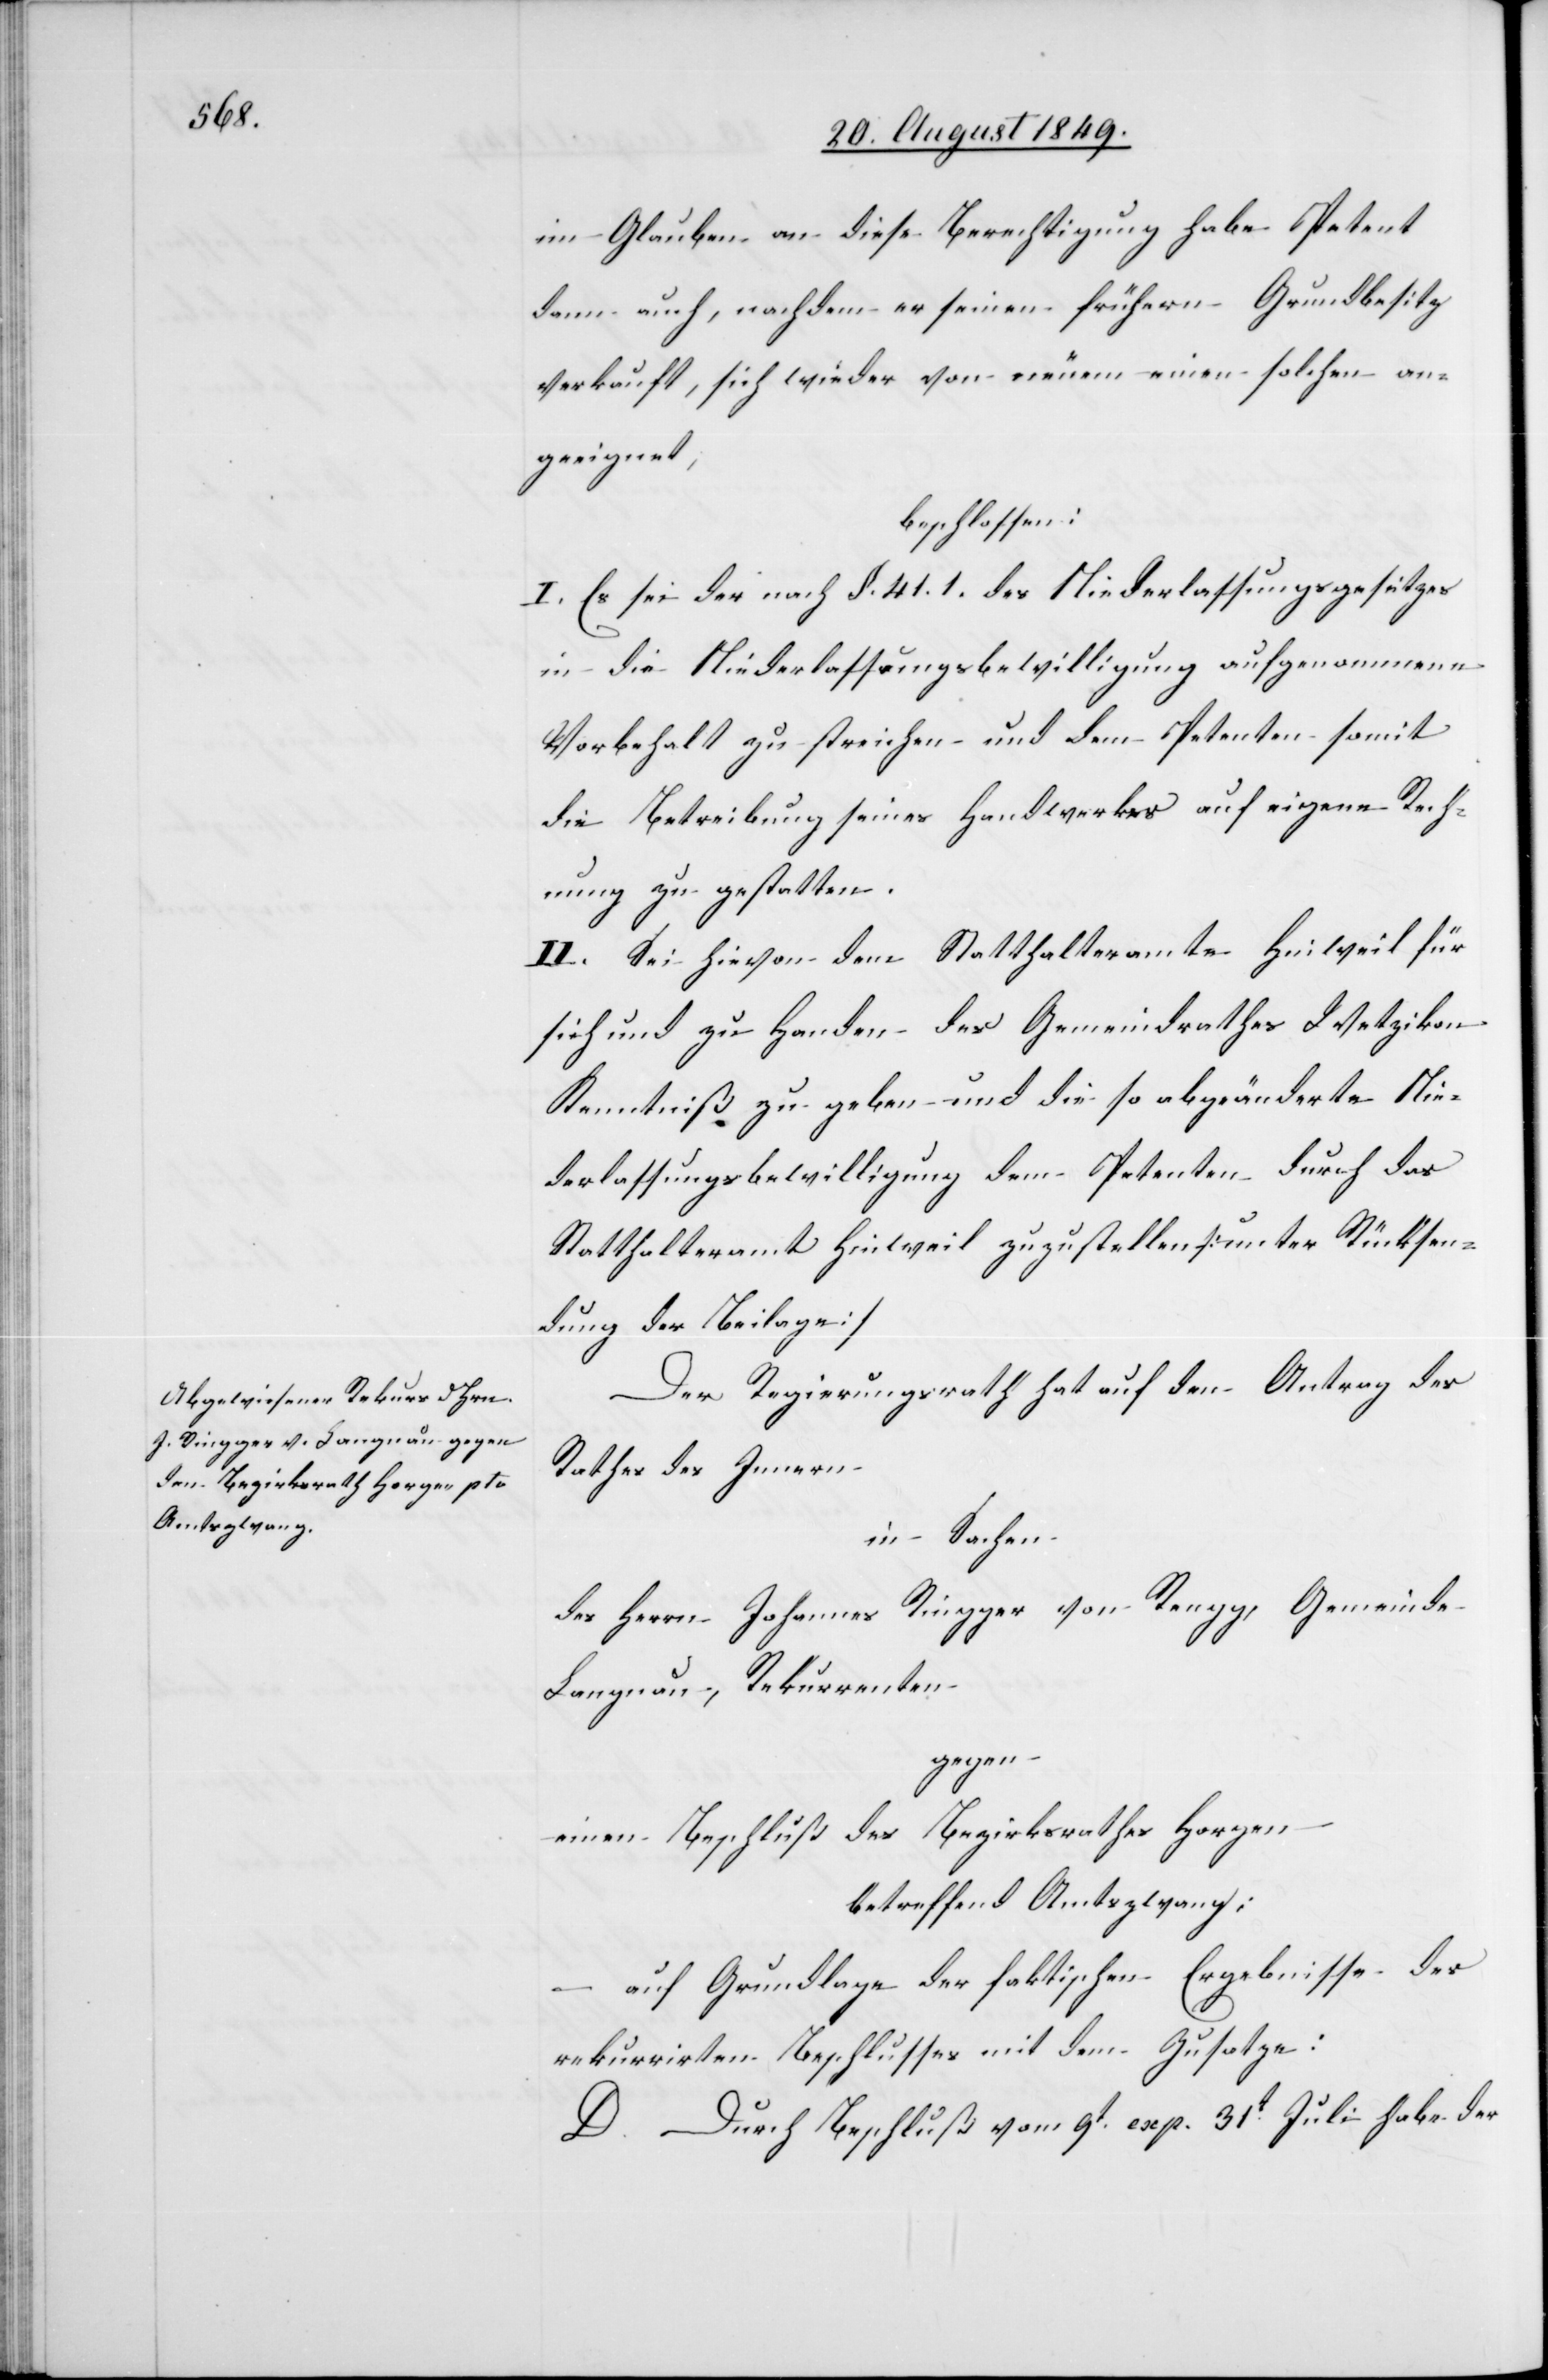
im Glauben an diese Berechtigung habe Petent
dann auch, nachdem er seinen frühern Grundbesitz
verkauft, sich wieder von neuem einen solchen an¬
geeignet;
beschlossen:
I. Es sei der nach §. 41.1 des Niederlassungsgesetzes
in die Niederlassungsbewilligung aufgenommene
Vorbehalt zu streichen und dem Petenten somit
die Betreibung seines Handwerkes auf eigene Rech¬
nung zu gestatten.
II. Sei hievon dem Statthalteramte Hinweil für
sich und zu Handen des Gemeindrathes Wetzikon
Kenntniß zu geben und die so abgeänderte Nie¬
derlassungsbewilligung dem Petenten durch das
Statthalteramt Hinweil zuzustellen [unter Rücksen¬
dung der Beilage][.]
Der Regierungsrath hat auf den Antrag des
Rathes des Innern
in Sachen
des Herrn Johannes Ringger von Rengg, Gemeinde
Langnau, Rekurrenten
gegen
einen Beschluß des Bezirksrathes Horgen
betreffend Amtszwang;
auf Grundlage der faktischen Ergebnisse des
rekurrirten Beschlusses mit dem Zusatze:
D. Durch Beschluß vom 9t exp. 31t Juli habe der